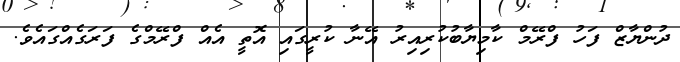
ދުންޔާޒް ފަހު ފްރޭމް ކާމިޔާބުކުރިއިރު އޭނާ ކުރީގައި އޮތީ އެއް ފްރޭމްގެ ފަރަގެއްގައެވެ.